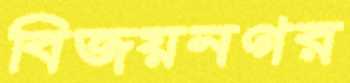
বিজয়নগর